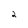
Character: 2